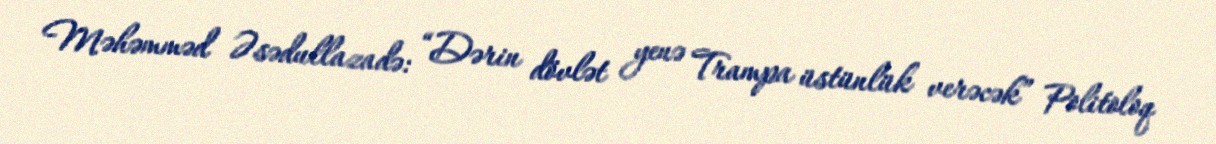
Məhəmməd Əsədullazadə: “Dərin dövlət yenə Trampa üstünlük verəcək” Politoloq